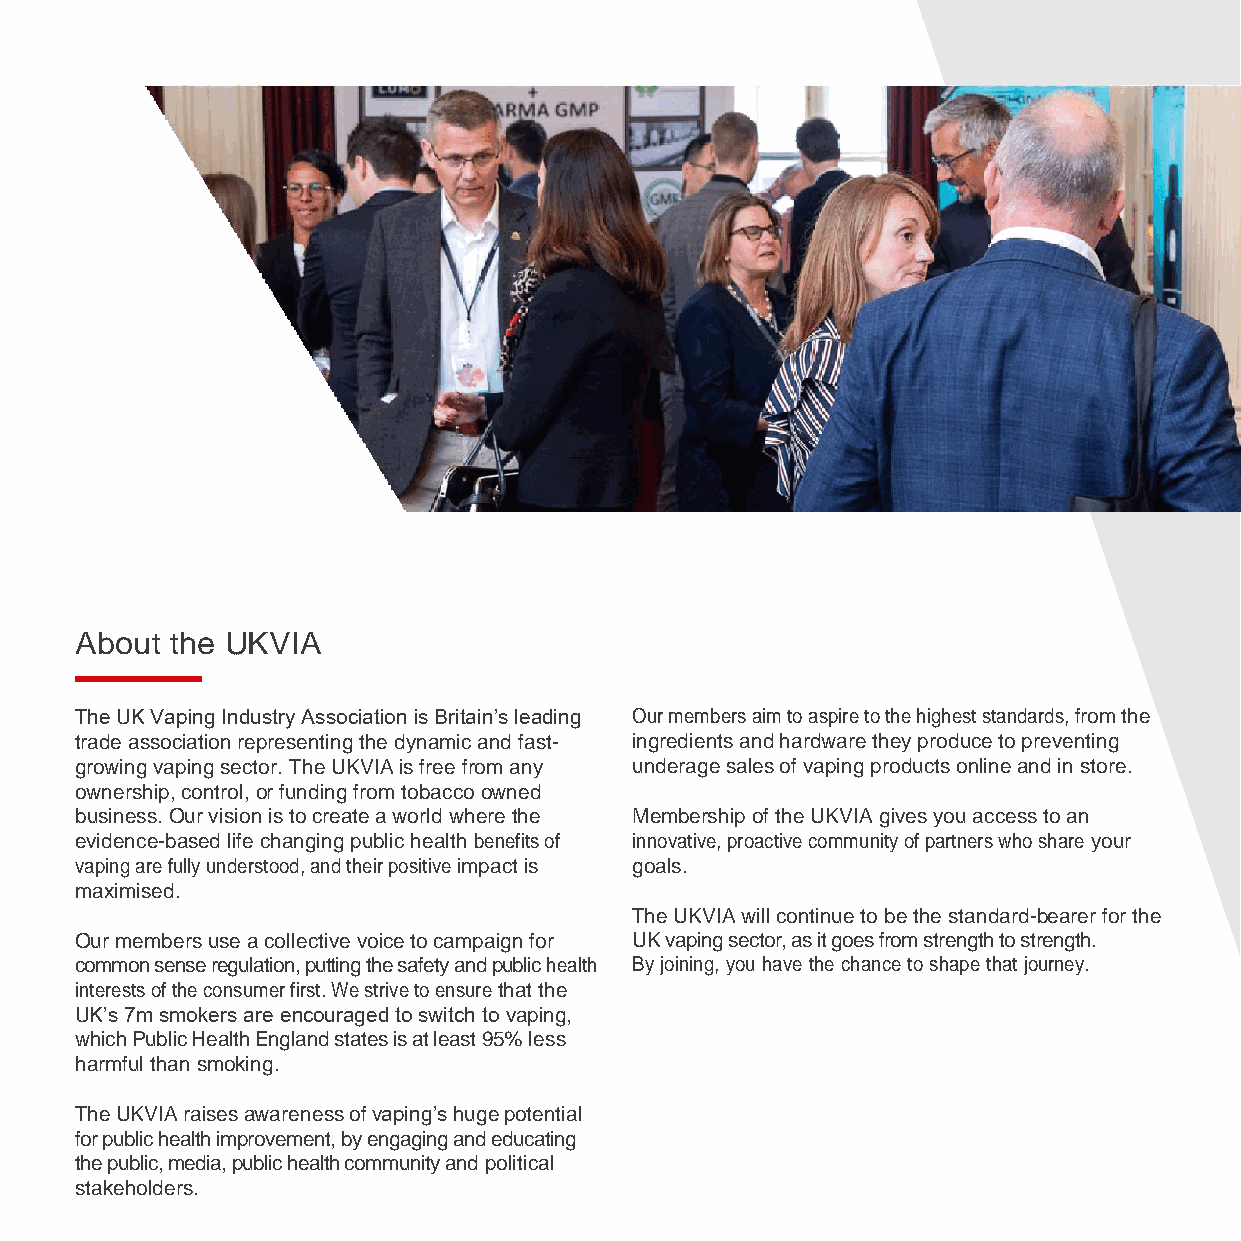
About the UKVIA
 The UK Vaping Industry Association is Britain’s leading Our members aim to aspire to the highest standards, from the
 trade association representing the dynamic and fast- ingredients and hardware they produce to preventing
 growing vaping sector. The UKVIA is free from any underage sales of vaping products online and in store.
 ownership, control, or funding from tobacco owned
 business. Our vision is to create a world where the Membership of the UKVIA gives you access to an
 evidence-based life changing public health benefits of innovative, proactive community of partners who share your
 vaping are fully understood, and their positive impact is goals.
 maximised.
 The UKVIA will continue to be the standard-bearer for the
 Our members use a collective voice to campaign for UK vaping sector, as it goes from strength to strength.
 common sense regulation, putting the safety and public health By joining, you have the chance to shape that journey.
 interests of the consumer first. We strive to ensure that the
 UK’s 7m smokers are encouraged to switch to vaping,
 which Public Health England states is at least 95% less
 harmful than smoking.
 The UKVIA raises awareness of vaping’s huge potential
 for public health improvement, by engaging and educating
 the public, media, public health community and political
 stakeholders.